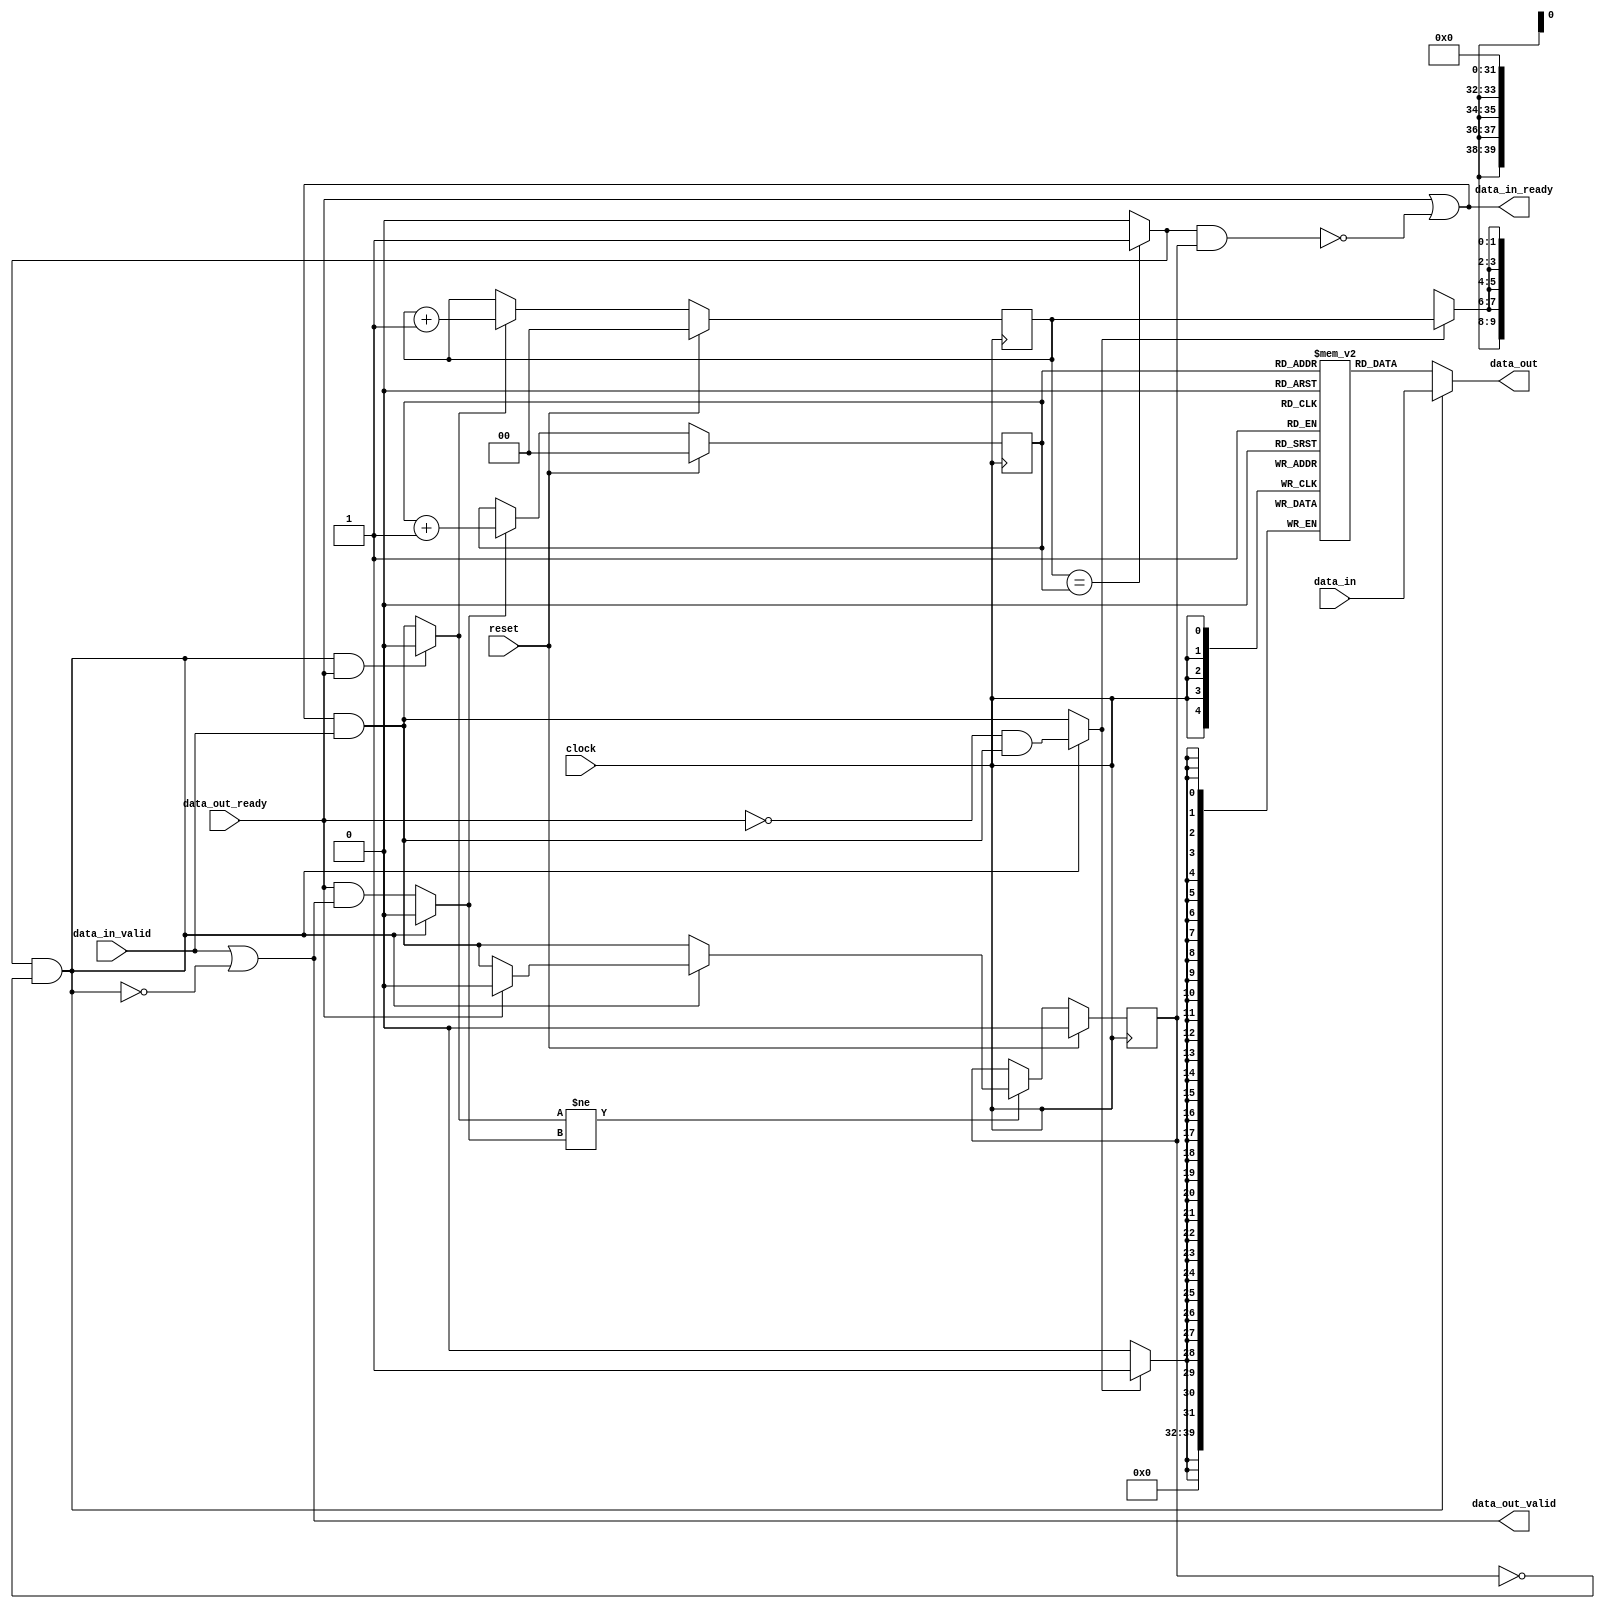
module CSC_switch_FIFO #(
	parameter DATA_WIDTH = 8
	)
(
	input        				clock,
	input        				reset,
	output       				data_in_ready,
	input        				data_in_valid,
	input  [DATA_WIDTH-1:0] 	data_in,
	input        				data_out_ready,
	output      				data_out_valid,
	output [DATA_WIDTH-1:0] 	data_out
);

localparam BUFFER_DEPTH = 4;
	
reg [DATA_WIDTH-1:0] Buffer [0:BUFFER_DEPTH-1]; 

reg  maybe_full;
reg [1:0] Buffer_write_addr;
reg [1:0] Buffer_read_addr; 

wire [DATA_WIDTH-1:0] Buffer_read_out_data;

wire  Buffer_write_en;
wire  ptr_match = (Buffer_write_addr == Buffer_read_addr) ? 1'b1 : 1'b0;

wire  empty = ptr_match & ~maybe_full;
wire  full  = ptr_match &  maybe_full; 

wire  data_in_shake  = data_in_ready & data_in_valid; 
wire  data_out_shake = data_out_ready & data_out_valid; 

wire  data_in_en  = (empty && data_out_ready) ? 1'b0 : data_in_shake;
wire  data_out_en =  empty 				   	  ? 1'b0 : data_out_shake;

assign Buffer_read_out_data = Buffer[Buffer_read_addr]; 
assign data_in_ready  = data_out_ready | ~full; 
assign data_out_valid = data_in_valid  | ~empty;

assign data_out = empty ? data_in : Buffer_read_out_data; 
assign Buffer_write_en = empty ? (~data_out_ready & data_in_shake) : data_in_shake;

// write
integer i;
always @(posedge clock) begin
	if (Buffer_write_en) begin
		for(i=0; i<BUFFER_DEPTH; i=i+1) begin
			Buffer[Buffer_write_addr] <= 'd0; 
		end
	end
	else if (Buffer_write_en) begin
		Buffer[Buffer_write_addr] <= data_in; 
	end
end

// write addr
always @(posedge clock) begin
	if (reset) begin
		Buffer_write_addr <= 2'd0;
	end 
	else if (data_in_en) begin 
		Buffer_write_addr <= Buffer_write_addr + 2'd1;
	end
end

// read addr
always @(posedge clock) begin
	if (reset) begin
		Buffer_read_addr <= 2'd0;
	end 
	else if (data_out_en) begin 
		Buffer_read_addr <= Buffer_read_addr + 2'd1; 
	end
end

// flow control
always @(posedge clock) begin
	if (reset) begin
		maybe_full <= 1'd0;
	end 
	else if (data_in_en != data_out_en) begin 
		if (empty) begin
			if (data_out_ready) begin 
				maybe_full <= 1'd0; 
			end 
			else begin
				maybe_full <= data_in_shake;
			end
		end 
		else begin
			maybe_full <= data_in_shake;
		end
	end
end

endmodule